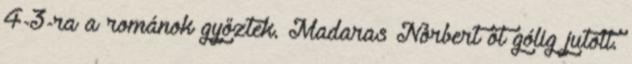
4-3-ra a románok győztek. Madaras Norbert öt gólig jutott.